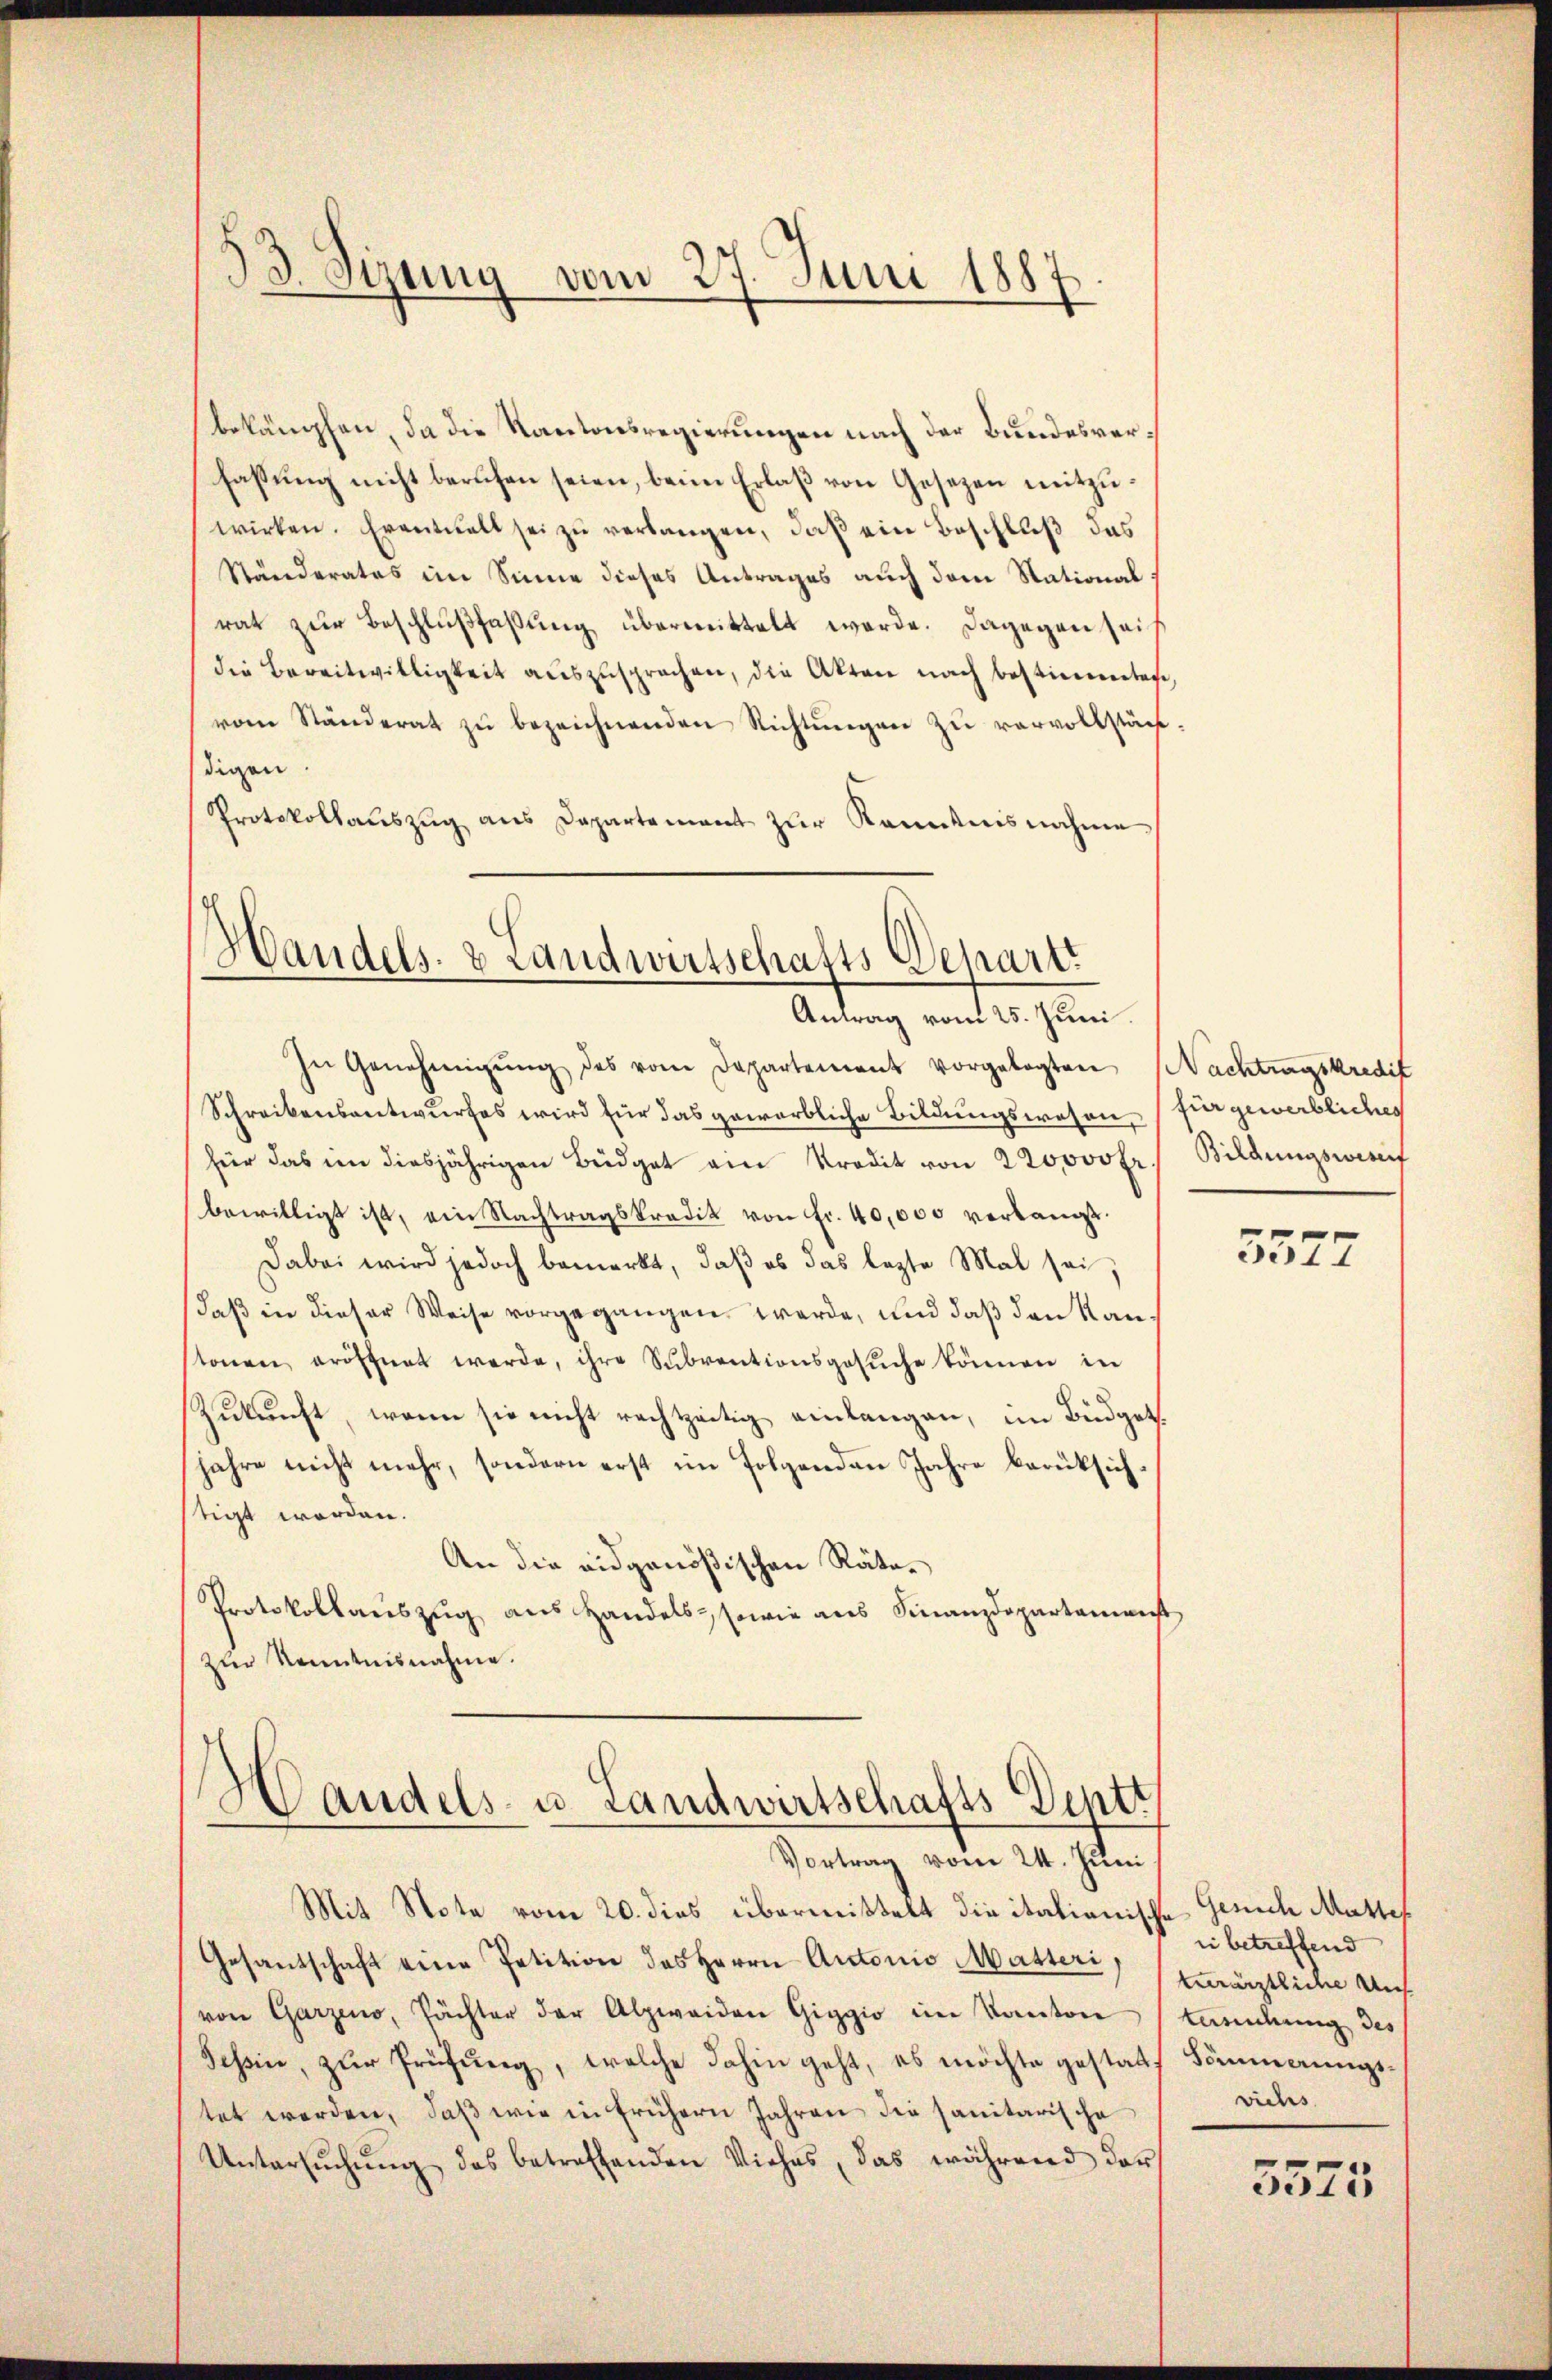
33. Sizung vom 27. Juni 1887

bekämpfen, da die Kantonsregierungen nach der Bundesverfassung nicht berufen seien, beim Erlaß von Gesezen mitzuwirken. Eventuell sei zu verlangen, daß ein Beschluß des
Ständerates im Sinne dieses Antrages auch dem Stational
rat zur Beschlußfaßung übermittelt werde. Dagegen seidie Bereitwilligkeit auszusprechen, die Akten nach bestimmtes,
vom Ständerat zŭ bezeichnenden Richtŭngen zŭ vervollstän
digen
Protokollauszug aus Departement zur Kenntnisnahme

Handels- & Landwirtschafts Departi
Antrag vom 25. Juni

In Genehmigŭng des vom Departement vorgelegten Nachtungskredit
Schreibensantwurfes wird für das geworbliche Bildungswesen (für gewerbliches
für das im diesjährigen Büdget ein Kredit von 220000 Fr.
bewilligt ist, ein Nachtragskredit von Fr. 40,000 verlangt.
Dabei wird jedoch bemerkt, daß es das lezte Mal sei,
daß in dieser Weise vorgegangen werde, und daß den Raustonen eröffnet werde, ihre Subventionsgesŭche können in
Zukunft, wenn sie nicht rechtzeitig einlangen, im Büdget.
jahre nicht mehr, sondern erst im folgenden Jahre berüksichstigt worden.
An die eidgenößischen Räte¬
Protokollauszug aus Handels, sowie aus Finanzdepartamenst
zur Kenntnisnahme.

Handels- u. Landwirtschafts-Dentt
Vortrag vom 24. Juni

Mit Note vom 20. dies übermittelt die itationische Gesich Mattes
Gesandschaft eine Petition des Herrn Antonio Masteri zurärztliche Uns
von Garzeno, Pächter der Alpweiden Giggio im Kanton
Schin, zur Prüfung, welche dahin geht, es möchte gestatt Sömmerungstet werden, daß wie in frühern Jahren die sanitarische
Untersŭchŭng des betreffenden Viehes, das während der

Bildungswesent

3577

ii betreffend
terung des
viehs

3575